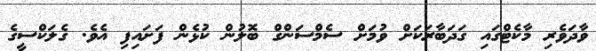
ވާދަވެރި މާކެޓްގައި ގަދަބާރަކަށް ވުމަށް ސެމްސަންގް ބޮލުން ކުޅެން ފަށައިފި އެވެ. ގެލަކްސީގެ